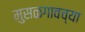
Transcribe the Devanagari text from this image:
मुसळगावच्या